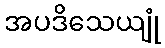
အပဒိသေယျုံ